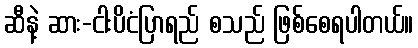
ဆီနဲ့ ဆား-ငါးပိငံပြာရည် စသည် ဖြစ်စေရပါတယ်။